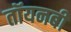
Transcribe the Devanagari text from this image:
तॉयनबी